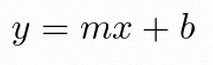
y=mx+b